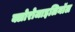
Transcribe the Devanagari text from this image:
क्लोरोजाइलिनॉल